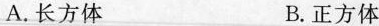
A.长方体 B.正方体